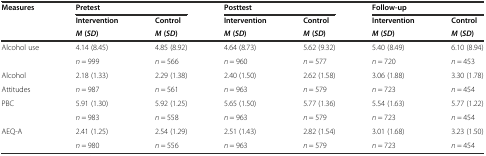
<table><thead><tr><td><b>Measures</b></td><td colspan="2"><b>Pretest</b></td><td colspan="2"><b>Posttest</b></td><td colspan="2"><b>Follow-up</b></td></tr><tr><td></td><td><b>Intervention</b></td><td><b>Control</b></td><td><b>Intervention</b></td><td><b>Control</b></td><td><b>Intervention</b></td><td><b>Control</b></td></tr><tr><td></td><td><b><i>M</i>(<i>SD</i>)</b></td><td><b><i>M</i>(<i>SD</i>)</b></td><td><b><i>M</i>(<i>SD</i>)</b></td><td><b><i>M</i>(<i>SD</i>)</b></td><td><b><i>M</i>(<i>SD</i>)</b></td><td><b><i>M</i>(<i>SD</i>)</b></td></tr></thead><tbody><tr><td rowspan="2">Alcohol use</td><td>4.14 (8.45)</td><td>4.85 (8.92)</td><td>4.64 (8.73)</td><td>5.62 (9.32)</td><td>5.40 (8.49)</td><td>6.10 (8.94)</td></tr><tr><td><i>n</i> = 999</td><td><i>n</i> = 566</td><td><i>n</i> = 960</td><td><i>n</i> = 577</td><td><i>n</i> = 720</td><td><i>n</i> = 453</td></tr><tr><td>Alcohol</td><td>2.18 (1.33)</td><td>2.29 (1.38)</td><td>2.40 (1.50)</td><td>2.62 (1.58)</td><td>3.06 (1.88)</td><td>3.30 (1.78)</td></tr><tr><td>Attitudes</td><td><i>n</i> = 987</td><td><i>n</i> = 561</td><td><i>n</i> = 963</td><td><i>n</i> = 579</td><td><i>n</i> = 723</td><td><i>n</i> = 454</td></tr><tr><td rowspan="2">PBC</td><td>5.91 (1.30)</td><td>5.92 (1.25)</td><td>5.65 (1.50)</td><td>5.77 (1.36)</td><td>5.54 (1.63)</td><td>5.77 (1.22)</td></tr><tr><td><i>n</i> = 983</td><td><i>n</i> = 558</td><td><i>n</i> = 963</td><td><i>n</i> = 579</td><td><i>n</i> = 723</td><td><i>n</i> = 454</td></tr><tr><td rowspan="2">AEQ-A</td><td>2.41 (1.25)</td><td>2.54 (1.29)</td><td>2.51 (1.43)</td><td>2.82 (1.54)</td><td>3.01 (1.68)</td><td>3.23 (1.50)</td></tr><tr><td><i>n</i> = 980</td><td><i>n</i> = 556</td><td><i>n</i> = 963</td><td><i>n</i> = 579</td><td><i>n</i> = 723</td><td><i>n</i> = 454</td></tr></tbody></table>